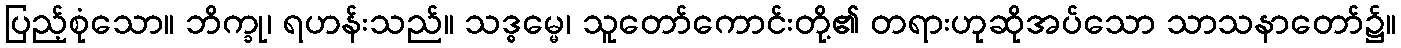
ပြည့်စုံသော။ ဘိက္ခု၊ ရဟန်းသည်။ သဒ္ဓမ္မေ၊ သူတော်ကောင်းတို့၏ တရားဟုဆိုအပ်သော သာသနာတော်၌။